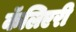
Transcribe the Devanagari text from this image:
कॅलिएरी